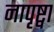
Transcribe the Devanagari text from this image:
नापृष्ट्वा